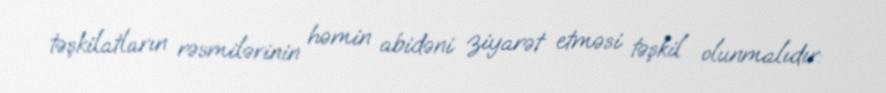
təşkilatların rəsmilərinin həmin abidəni ziyarət etməsi təşkil olunmalıdır: